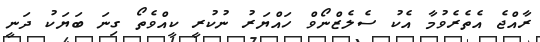
ރާއްޖެ އެތެރެވުމާ އެކު ސެލެޒްނޯވް ހައްޔަރު ނުކުރީ ކީއްވެތޯ ގިނަ ބަޔަކު ދަނީ